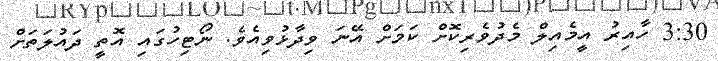
3:30 ހާއިރު އީމެއިލް މެދުވެރިކޮށް ކަމަށް އޭނަ ވިދާޅުވިއެވެ. ނޯޓިހުގައި އޮތީ ދައުލަތަށް